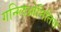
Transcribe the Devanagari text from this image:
गन्ग्लिओनितिस